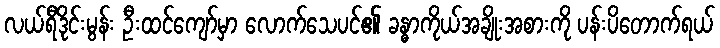
လယ်ရီဒိုင်းမွန်း ဦးထင်ကျော်မှာ လောက်သေပင်၏ ခန္ဓာကိုယ်အချိုးအစားကို ပန်းပိတောက်ရယ်